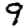
Digit: 9